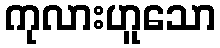
ကုလားဟူသော